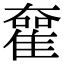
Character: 𡚊